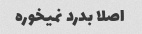
اصلا بدرد نمیخوره